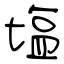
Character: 塩